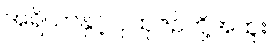
အရိယာနှင့် ပုထုဇဉ်တို့အထူး